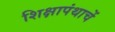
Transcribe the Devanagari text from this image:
शिक्षापंथाचें